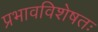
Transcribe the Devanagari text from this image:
प्रभावविशेषतः